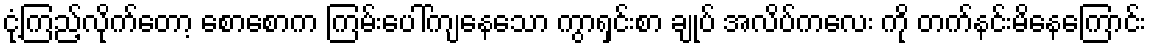
ငုံ့ကြည့်လိုက်တော့ စောစောက ကြမ်းပေါ်ကျနေသော ကွာရှင်းစာ ချုပ် အလိပ်ကလေး ကို တက်နင်းမိနေကြောင်း